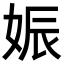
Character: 娠